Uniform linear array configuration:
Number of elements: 4
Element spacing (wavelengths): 0.75
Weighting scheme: exponential
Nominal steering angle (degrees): -60
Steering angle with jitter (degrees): -58.003
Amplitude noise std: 0.05
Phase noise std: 0.05

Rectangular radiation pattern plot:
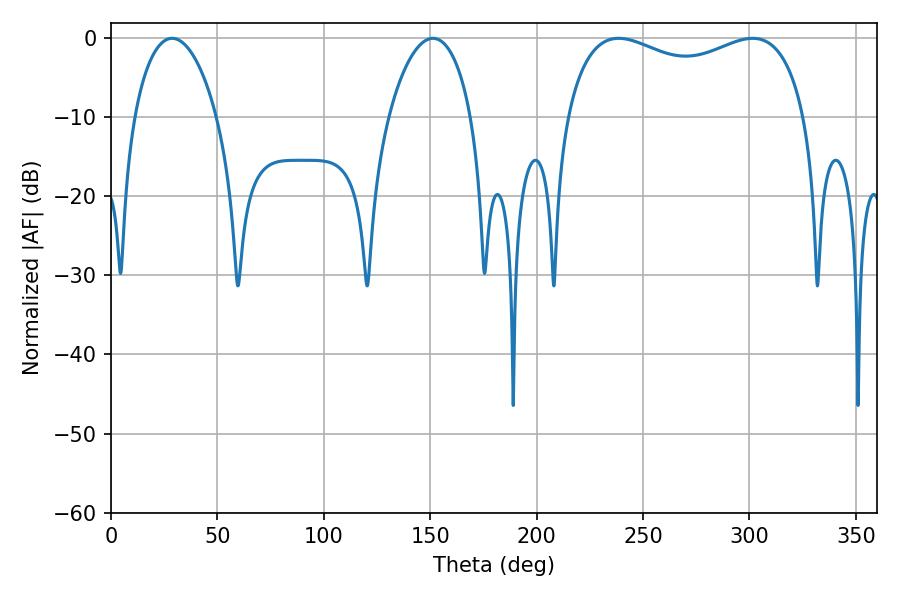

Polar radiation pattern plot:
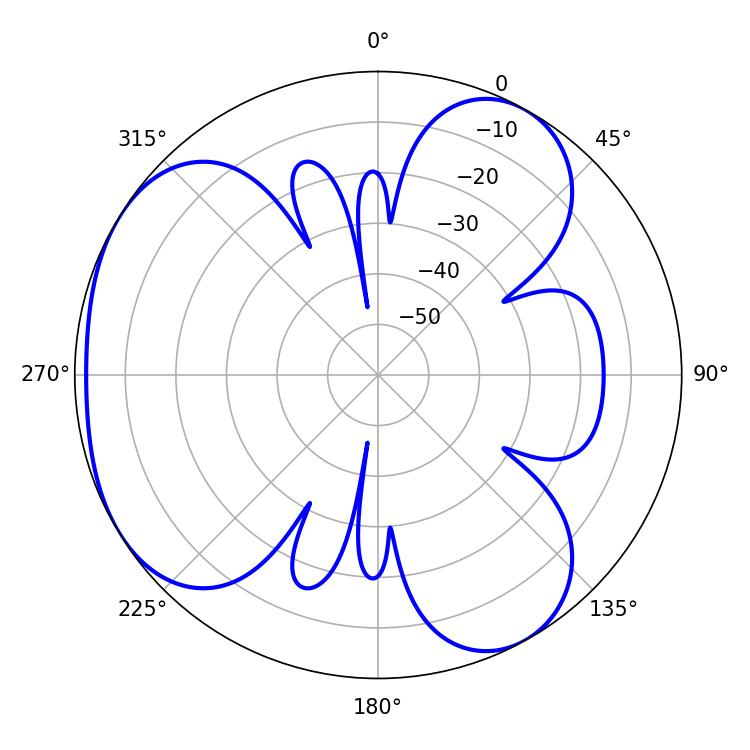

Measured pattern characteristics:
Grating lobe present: TRUE
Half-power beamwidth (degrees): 93.24
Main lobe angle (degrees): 238.5